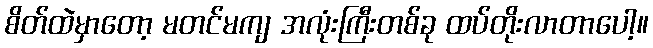
စိတ်ထဲမှာတော့ မတင်မကျ အလုံးကြီးတစ်ခု ထပ်တိုးလာတာပေါ့။